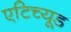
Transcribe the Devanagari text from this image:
एटिच्यूड